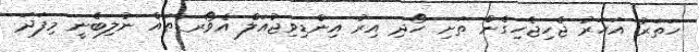
ހަތަރު އަހަރު ޖެހިޖެހިގެން ތަށި ހޯދި އިރު އިންޑިވިޖުއަލް އެވޯރޑްތައް ނުލިބެނީ މިފަދަ